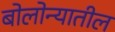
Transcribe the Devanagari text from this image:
बोलोन्यातील